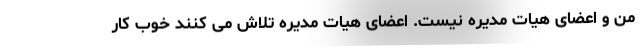
من و اعضای هیات مدیره نیست. اعضای هیات مدیره تلاش می کنند خوب کار